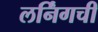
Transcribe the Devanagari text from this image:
लर्निंगची